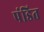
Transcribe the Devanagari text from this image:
पंडित